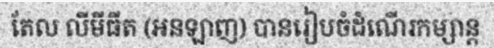
តែល លីមីធីត (អនឡាញ) បានរៀបចំដំណើរកម្សាន្ត